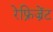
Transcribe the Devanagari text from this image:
रेफ्रिज्रेंट